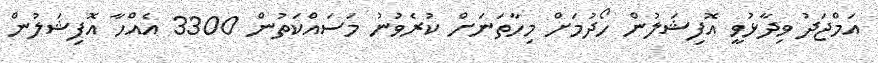
އަމްޖަދު ވިދާޅުވީ އޮފިޝަލުން ހޯދުމަށް މިހާތަަނަށް ކުރެވުނު މަސައްކަތުން 3300 އެއްހާ އޮފިޝަލުން